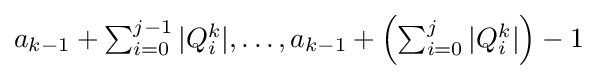
{\textstyle a_{k-1}+\sum _{i=0}^{j-1}|Q_{i}^{k}|,\dots ,a_{k-1}+\left(\sum _{i=0}^{j}|Q_{i}^{k}|\right)-1}